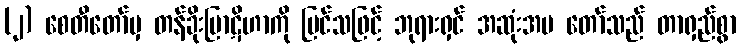
(၂) စေတီတော်မှ တန်ခိုးပြာဋိဟာကို မြင်သဖြင့် ဘုရားရှင် အဆုံးအမ တော်သည် တာရှည်စွာ